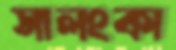
সালংকা